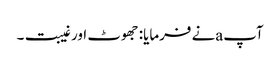
آپ aنے فرمایا: جھوٹ اور غیبت۔